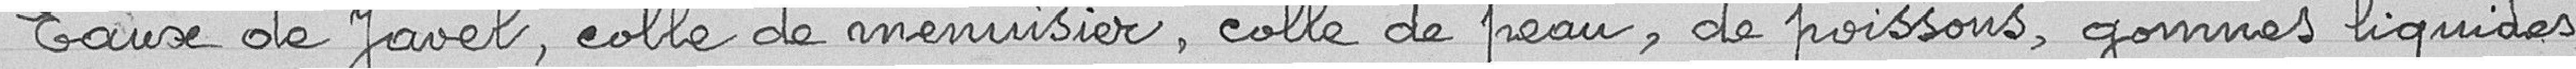
Eaux de Javel, colle de menuisier, colle de peau, de poissons, gommes liquides